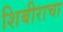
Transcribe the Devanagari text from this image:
शिबीराचा